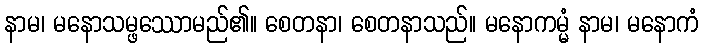
နာမ၊ မနောသမ္ဖဿောမည်၏။ စေတနာ၊ စေတနာသည်။ မနောကမ္မံ နာမ၊ မနောကံ